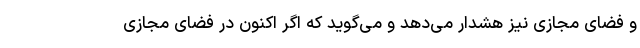
و فضای مجازی نیز هشدار می‌دهد و می‌گوید که اگر اکنون در فضای مجازی